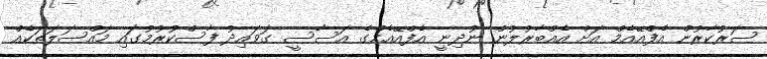
ސަރުކާރުން އެފްއޭއެމް އަށް އެއްބާރުލުން ނުދިނީ އެފްއޭއެމްގެ އަސާސީ ގަވައިދު ފާސްކުރުމުގައި މައްސަލަތަކެއް